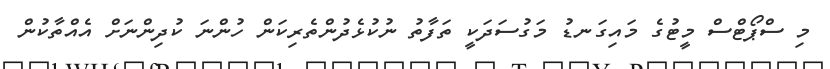
މި ސްޕޯޓްސް މީޓުގެ މައިގަނޑު މަގުސަދަކީ ތަފާތު ނުކުޅެދުންތެރިކަން ހުންނަ ކުދިންނަށް އެއްތާކުން